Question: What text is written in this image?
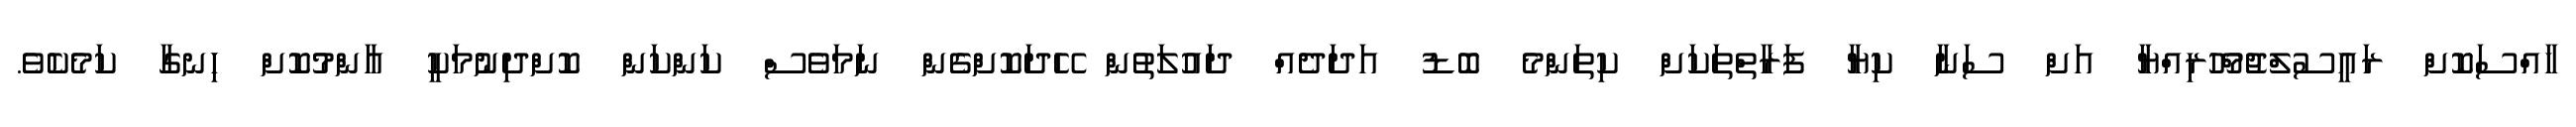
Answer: ހާއްސަކޮށް ރައީސުލްޖުމްހޫރިއްޔާ އަށް ސަނާ ކިޔާ ފަރާތްތަކަށް ކިތަންމެ ބޮޑު އަދަދެއް ދައުލަތުން ހޭދަކޮށްގެން ނަމަވެސް ކަންކަން ކޮށްދިނުމަކީ އާންމުކޮށް ހިނގާ ކަމެކެވެ.